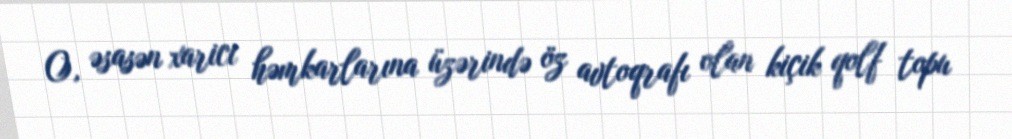
O, əsasən xarici həmkarlarına üzərində öz avtoqrafı olan kiçik qolf topu